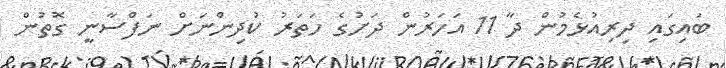
ބައިގައި ދިރިއުޅެމުން ދާ 11 އަހަރުން ދަށުގެ ހަތަރު ކުދިންނަށް ނަފްސާނީ ގޮތުން